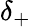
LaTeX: \delta_{+}